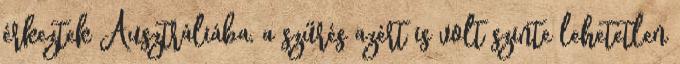
érkeztek Ausztráliába, a szűrés azért is volt szinte lehetetlen